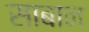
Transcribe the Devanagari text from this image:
साबान